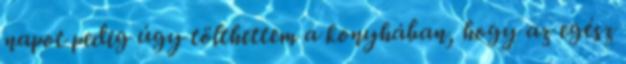
napot pedig úgy tölthettem a konyhában, hogy az egész